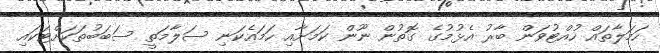
ހަމަލާތައް ހުއްޓުވަން ބާރު އެޅުމުގެ ގޮތުން ނޫން ކަމަށާއި ހަމައެކަނި ސަލާމަތީ ސަބަބުތަކަށްޓަކައި